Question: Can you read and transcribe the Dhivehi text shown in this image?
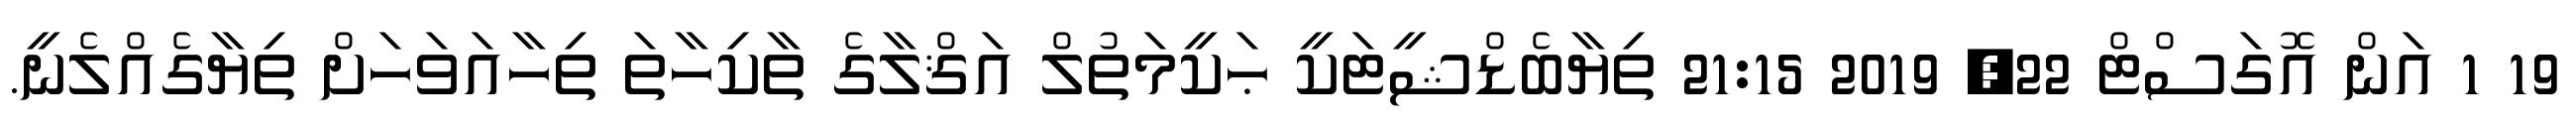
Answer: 19 1 އަން އޮގަސްޓް 22, 2019 21:15 ތިޔާބެޑްޝީޓަކީ ޙަކީމަތުލް އަޤްލާގެ ތާކިހާތަ ތިހާއަވަހަށް ތިޔާގެއްލެނީ.